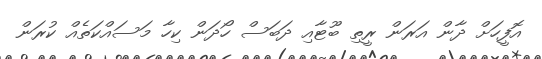
އޮފީހަށް ދާން އަރަން ރީތި ބޫޓާއި ދަބަސް ހޯދަން ކިހާ މަސައްކަތެއް ކުރަން